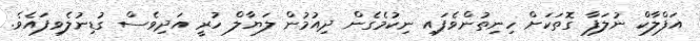
އަފްލާކް ނުލަފާ ގޮތަކަށް ހިނިތުންވެފައި ނިކުމެގެން ދިއުމުން ލަޔާލް ހުރީ އަދިވެސް ގުޑިނުލެވިފައެވެ.